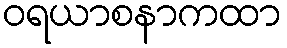
ဝရယာစနာကထာ